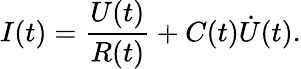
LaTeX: I(t)=\frac{U(t)}{R(t)}+C(t)\dot{U}(t).